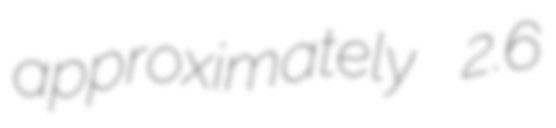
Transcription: approximately 2.6